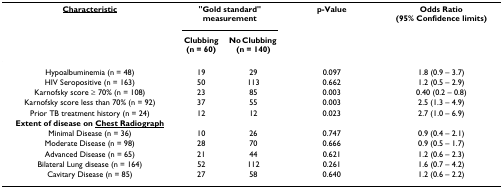
<table><thead><tr><td><b><underline>Characteristic</underline></b></td><td colspan="2"><b>&quot;Gold standard&quot; measurement</b></td><td><b>p-Value</b></td><td><b>Odds Ratio (95% Confidence limits)</b></td></tr><tr><td></td><td><b>Clubbing (n = 60)</b></td><td><b>No Clubbing (n = 140)</b></td><td></td><td></td></tr></thead><tbody><tr><td>Hypoalbuminemia (n = 48)</td><td>19</td><td>29</td><td>0.097</td><td>1.8 (0.9 – 3.7)</td></tr><tr><td>HIV Seropositive (n = 163)</td><td>50</td><td>113</td><td>0.662</td><td>1.2 (0.5 – 2.9)</td></tr><tr><td>Karnofsky score ≥ 70% (n = 108)</td><td>23</td><td>85</td><td>0.003</td><td>0.40 (0.2 – 0.8)</td></tr><tr><td>Karnofsky score less than 70% (n = 92)</td><td>37</td><td>55</td><td>0.003</td><td>2.5 (1.3 – 4.9)</td></tr><tr><td>Prior TB treatment history (n = 24)</td><td>12</td><td>12</td><td>0.023</td><td>2.7 (1.0 – 6.9)</td></tr><tr><td><b>Extent of disease on <underline>Chest Radiograph</underline></b></td><td></td><td></td><td></td><td></td></tr><tr><td>Minimal Disease (n = 36)</td><td>10</td><td>26</td><td>0.747</td><td>0.9 (0.4 – 2.1)</td></tr><tr><td>Moderate Disease (n = 98)</td><td>28</td><td>70</td><td>0.666</td><td>0.9 (0.5 – 1.7)</td></tr><tr><td>Advanced Disease (n = 65)</td><td>21</td><td>44</td><td>0.621</td><td>1.2 (0.6 – 2.3)</td></tr><tr><td>Bilateral Lung disease (n = 164)</td><td>52</td><td>112</td><td>0.261</td><td>1.6 (0.7 – 4.2)</td></tr><tr><td>Cavitary Disease (n = 85)</td><td>27</td><td>58</td><td>0.640</td><td>1.2 (0.6 – 2.2)</td></tr></tbody></table>